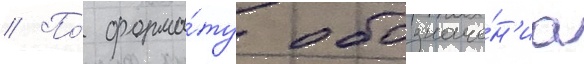
// По́ форма́ту обозначе́н'иа